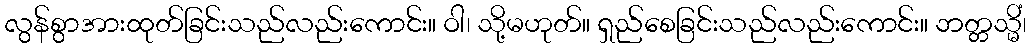
လွန်စွာအားထုတ်ခြင်းသည်လည်းကောင်း။ ဝါ၊ သို့မဟုတ်။ ရှည်စေခြင်းသည်လည်းကောင်း။ ဘတ္တသ္မိံ၊